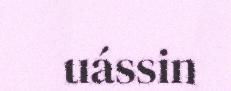
uássin